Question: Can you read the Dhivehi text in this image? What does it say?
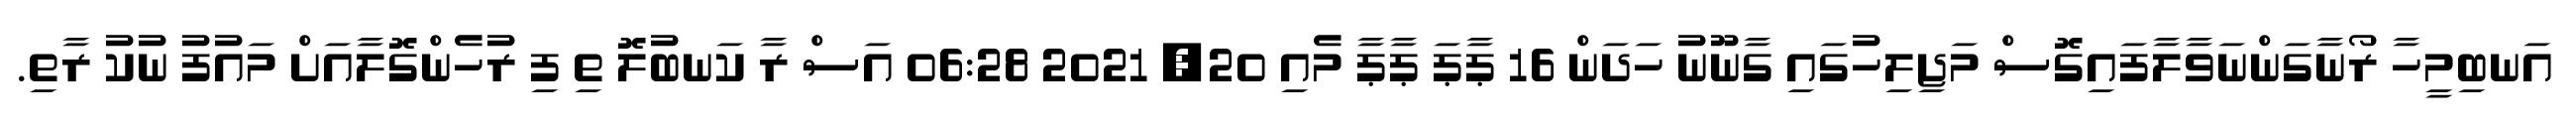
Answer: އަނބިމީހާ ރޯނާގަންނަވާލާފައިގޮސް މަޖިލިހުގައި ގާނޫނު ހަދަން 16 ޕާޕަ ޕާޕާ މެއި 20, 2021 06:28 އަސް ރާ ކަނބުލޮ ތި ފި ރުހެންގޮލާއަށް މައުފު ނުކު ރާތި.